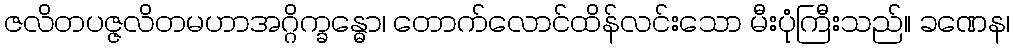
ဇလိတပဇ္ဇလိတမဟာအဂ္ဂိက္ခန္ဓော၊ တောက်လောင်ထိန်လင်းသော မီးပုံကြီးသည်။ ခဏေန၊